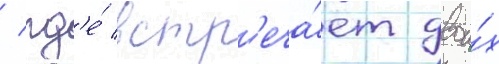
/ гд'е́ встр'еча́ет двои́х